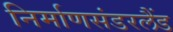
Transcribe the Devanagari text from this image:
निर्माणसंडरलैंड